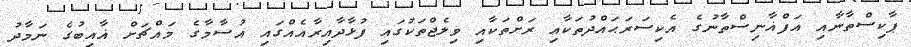
ޕާކިސްތާނާއި އަފްޣާނިސްތާނުގެ އެކިސަރަޙައްދުތަކާއި ރަށްތަކާއި ވިލެޖްތަކުގައި ފުޅާދާއިރާއެއްގައި އުސާމާގެ މައްޗަށް ޣާއިބުގެ ނަމާދު